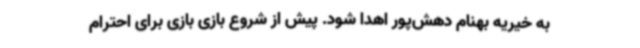
به خیریه بهنام دهش‌پور اهدا شود. پیش از شروع بازی بازی برای احترام